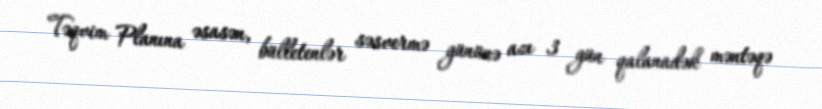
Təqvim Planına əsasən, bülletenlər səsvermə gününə azı 3 gün qalanadək məntəqə